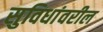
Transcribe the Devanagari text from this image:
सुविधांवरील